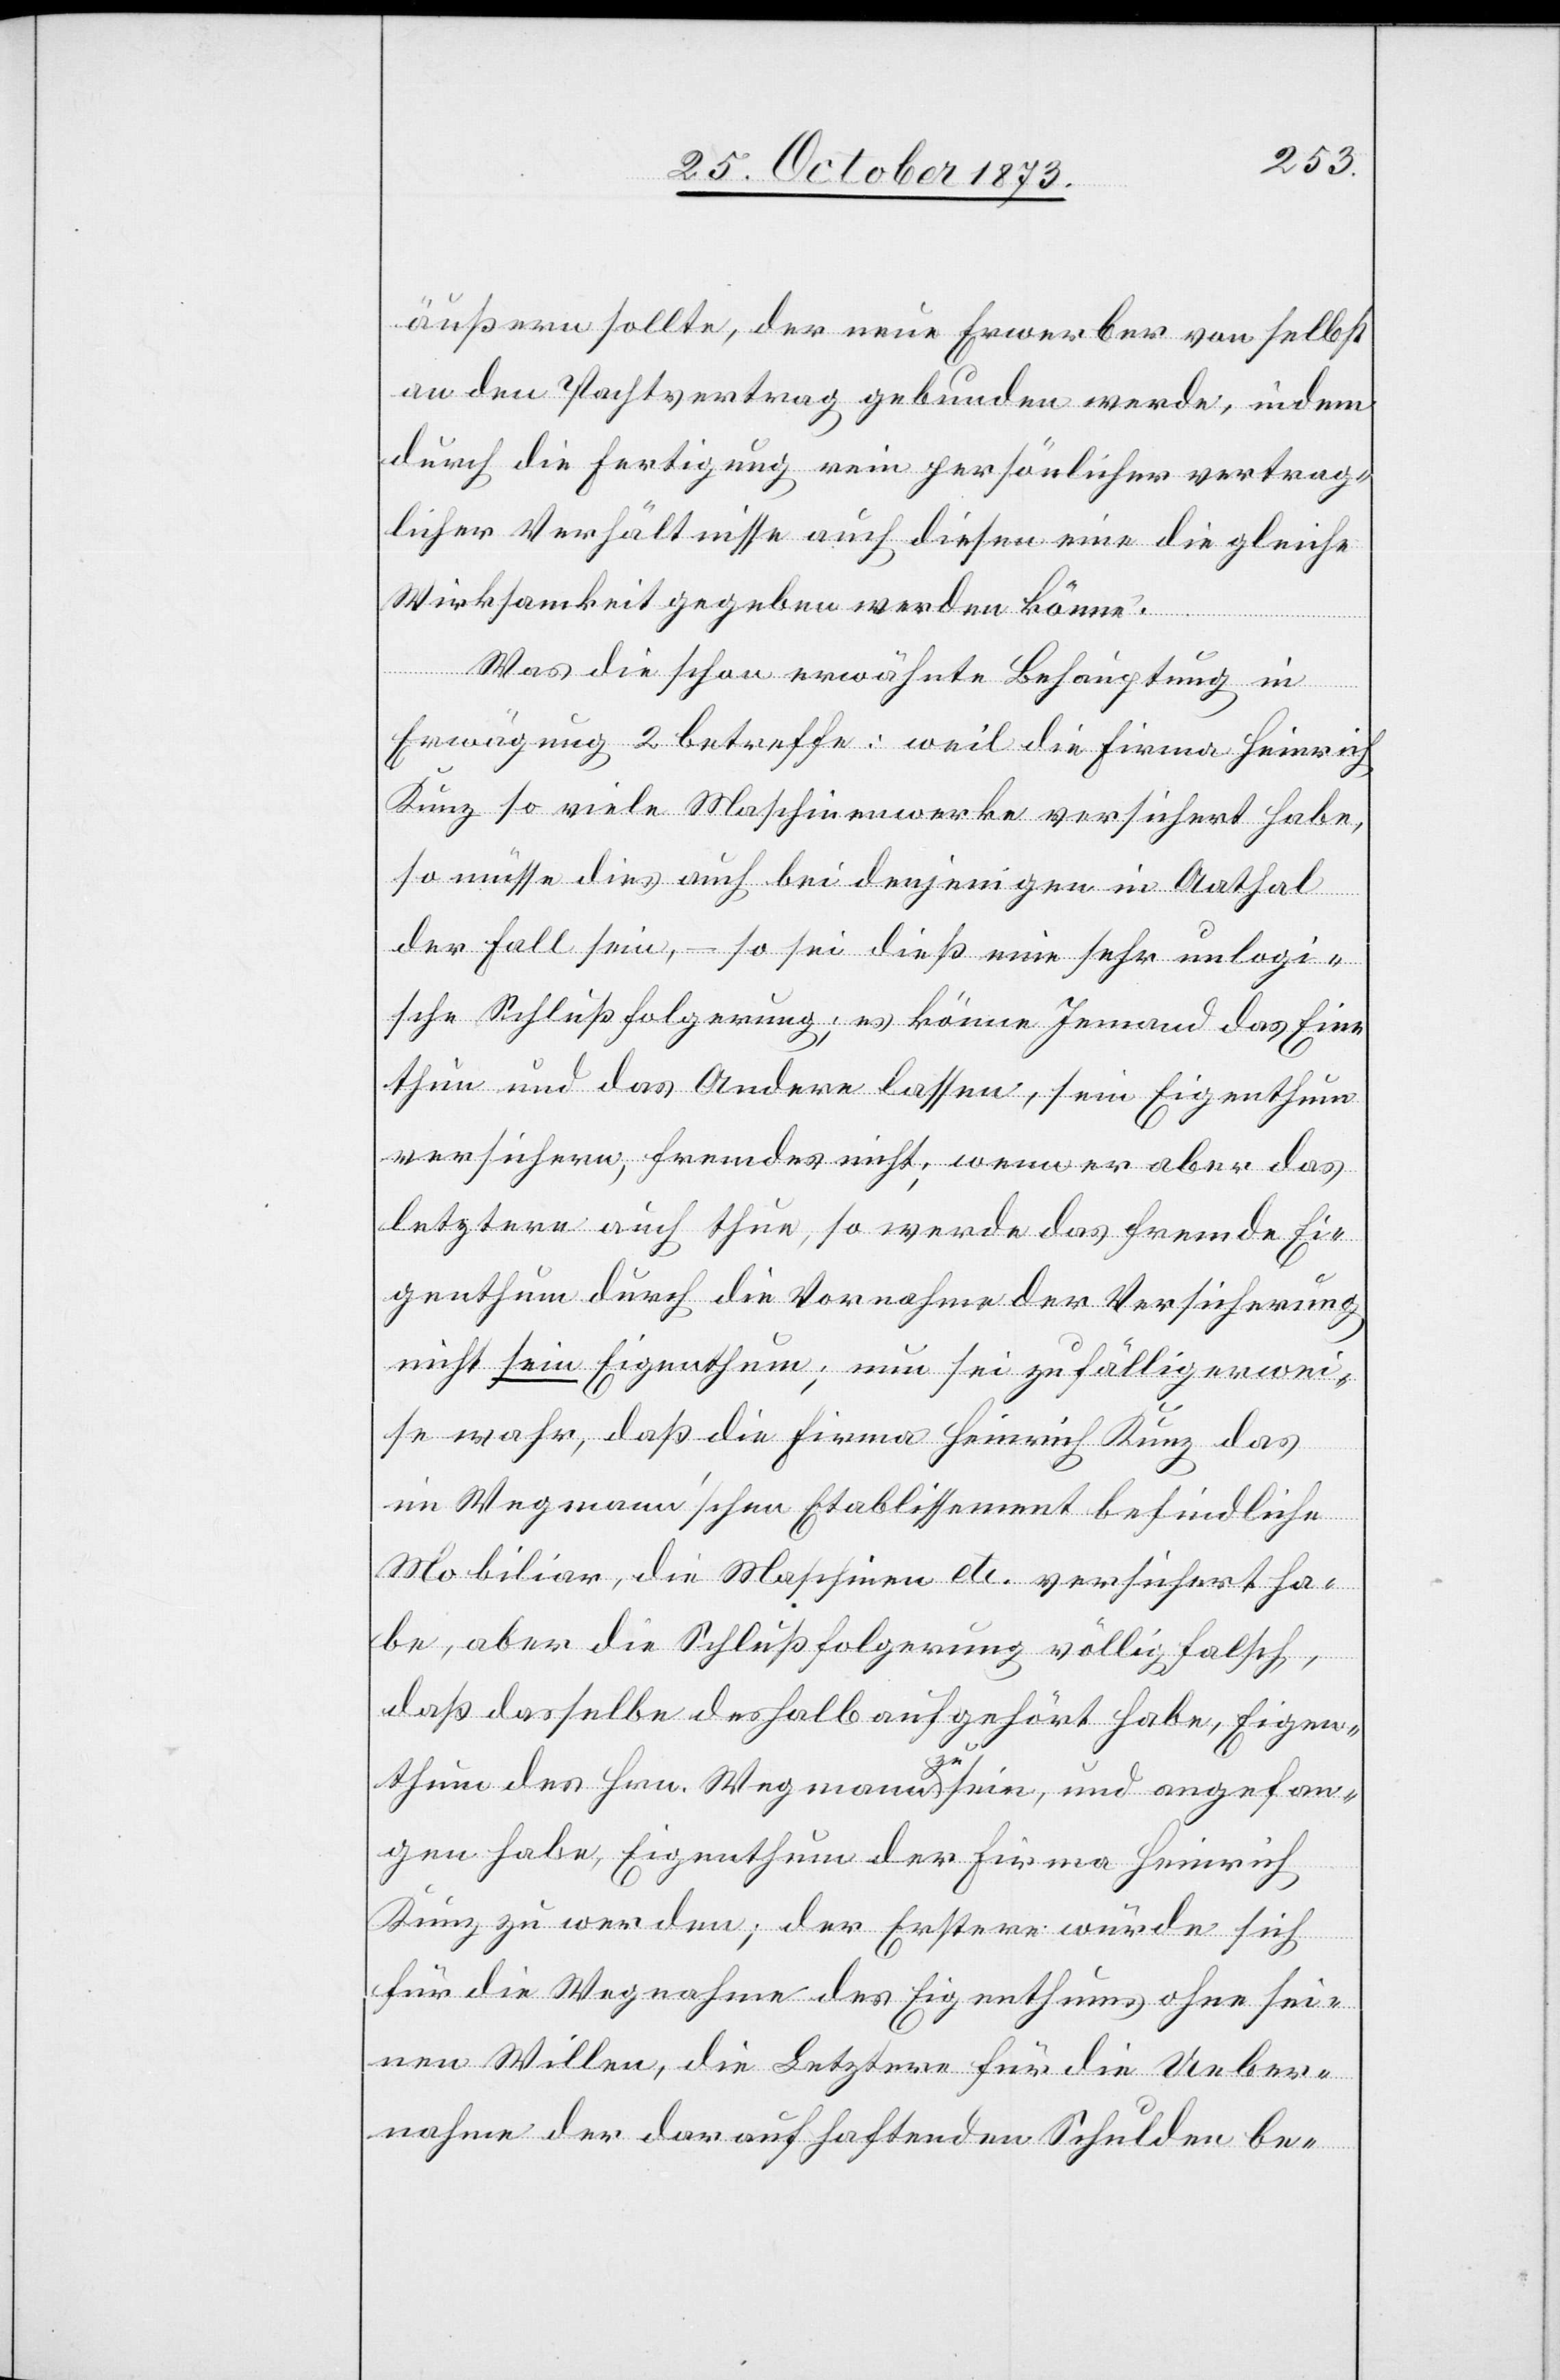
äußern sollte, der neue Erwerber von selbst
an den Pachtvertrag gebunden werde, indem
durch die Fertigung rein persönlicher vertrag¬
licher Verhältnisse auch diesen eine die gleiche
Wirksamkeit gegeben werden könne.
Was die schon erwähnte Behauptung in
Erwägung 2 betreffe: weil die Firma Heinrich
Kunz so viele Maschinenwerke versichert habe,
so müsse dies auch bei denjenigen in Aathal
der Fall sein, – so sei dieß eine sehr unlogi¬
sche Schlußfolgerung; es könne Jemand das Eine
thun und das Andere lassen, sein Eigenthum
versichern, fremdes nicht; wenn er aber das
letztere auch thue, so werde das fremde Ei¬
genthum durch die Vornahme der Versicherung
nicht sein Eigenthum; nun sei zufälligerwei¬
se wahr, daß die Firma Heinrich Kunz das
im Wegmann’schen Etablissement befindliche
Mobiliar, die Maschinen etc. versichert ha¬
be, aber die Schlußfolgerung völlig falsch,
daß dasselbe deshalb aufgehört habe, Eigen¬
thum des Hrn. Wegmann zu sein, und angefan¬
gen habe, Eigenthum der Firma Heinrich
Kunz zu werden; der Erstere würde sich
für die Wegnahme des Eigenthums ohne sei¬
nen Willen, die Letztere für die Ueber¬
nahme der darauf haftenden Schulden be-